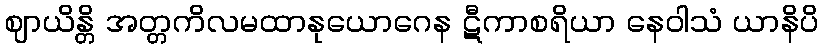
ဈာယိန္တိ အတ္တကိလမထာနုယောဂေန ဋီကာစရိယာ နေဝါသံ ယာနိပိ